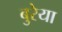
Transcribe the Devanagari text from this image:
बुरेया